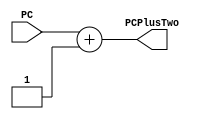
`timescale 1ns / 1ps
//////////////////////////////////////////////////////////////////////////////////
// Company: 
// Engineer: 
// 
// Design Name: 
// Module Name:    AddTwo 
// Project Name: 
// Target Devices: 
// Tool versions: 
// Description: 
//
// Dependencies: 
//
// Revision: 
// Revision 0.01 - File Created
// Additional Comments: 
//
//////////////////////////////////////////////////////////////////////////////////
module AddTwo(
    input [15:0] PC,
    output [15:0] PCPlusTwo
    );
	
	assign PCPlusTwo = PC + 1;

endmodule